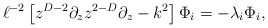
\begin{align*}\ell^{-2}\left[z^{D-2}\partial_z z^{2-D}\partial_z -k^2\right] \Phi_i=-\lambda_i\Phi_i,\end{align*}